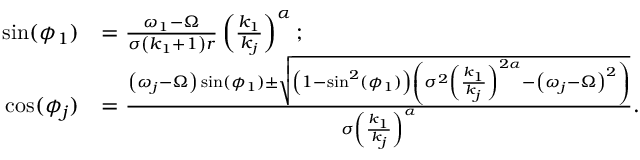
\begin{array} { r l } { \sin ( \phi _ { 1 } ) } & { = \frac { \omega _ { 1 } - \Omega } { \sigma \left( k _ { 1 } + 1 \right) r } \left( \frac { k _ { 1 } } { k _ { j } } \right) ^ { \alpha } ; } \\ { \cos ( \phi _ { j } ) } & { = \frac { \left( \omega _ { j } - \Omega \right) \sin ( \phi _ { 1 } ) \pm \sqrt { \left( 1 - \sin ^ { 2 } ( \phi _ { 1 } ) \right) \left( \sigma ^ { 2 } \left( \frac { k _ { 1 } } { k _ { j } } \right) ^ { 2 \alpha } - \left( \omega _ { j } - \Omega \right) ^ { 2 } \right) } } { \sigma \left( \frac { k _ { 1 } } { k _ { j } } \right) ^ { \alpha } } . } \end{array}